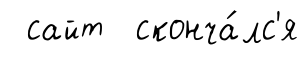
сайт сконча́лс'я